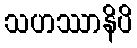
သဟဿာနိပိ